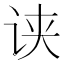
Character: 𰵢